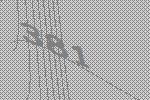
381